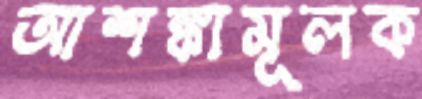
আশঙ্কামূলক